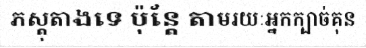
ភស្តុតាងទេ ប៉ុន្តែ តាមរយៈអ្នកក្បាច់គុន